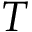
T